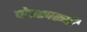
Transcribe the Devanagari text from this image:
घोरस्वरूपी